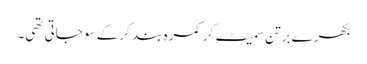
بکھرے برتن سمیٹ کر کمرہ بند کرکے سو جاتی تھی۔